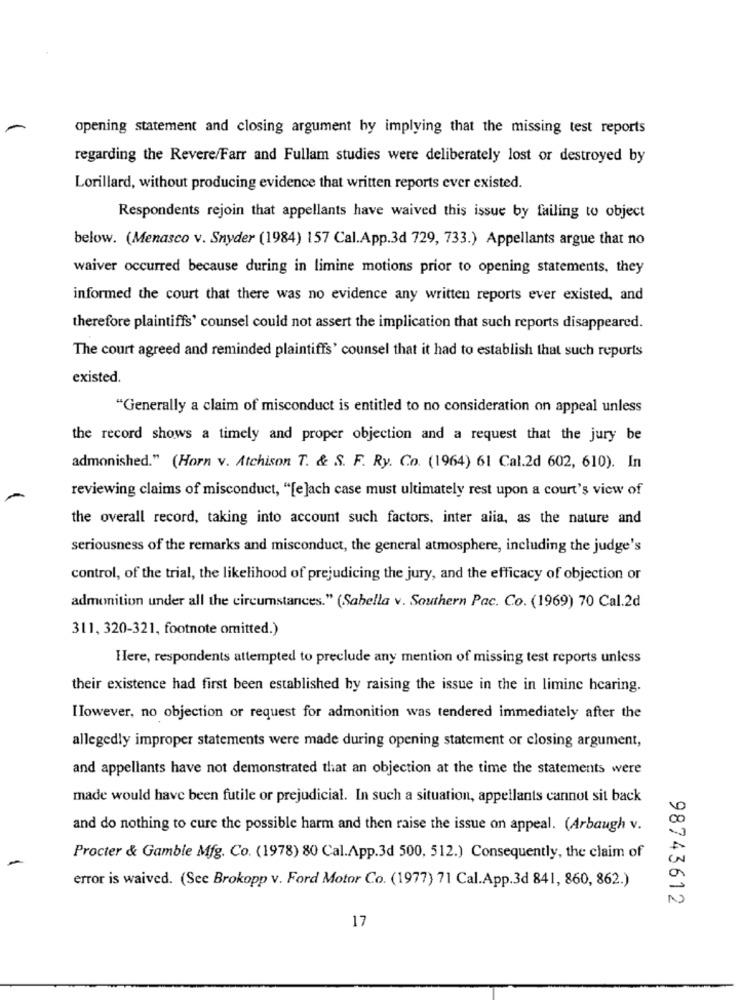
opening statement and closing argument by implying that the missing test reports
regarding the Revere/Farr and Fullam studies were deliberately lost or destroyed by
Lorillard, without producing evidence that written reports ever existed.
Respondents rejoin that appellants have waived this issue by failing to object
below. (Menasco v. Snyder (1984) 157 Cal.App.3d 729, 733.) Appellants argue that no
waiver occurred because during in limine motions prior to opening statements, they
informed the court that there was no evidence any written reports ever existed, and
therefore plaintiffs' counsel could not assert the implication that such reports disappeared.
The court agreed and reminded plaintiffs' counsel that it had to establish that such reports
existed.
"Generally a claim of misconduct is entitled to no consideration on appeal unless
the record shows a timely and proper objection and a request that the jury be
admonished." (Horn v. Atchison T. & S. F. Ry. Co. (1964) 61 Cal.2d 602, 610). In
reviewing claims of misconduct, "[e]ach case must ultimately rest upon a court's view of
the overall record, taking into account such factors, inter alia, as the nature and
seriousness of the remarks and misconduct, the general atmosphere, including the judge's
control, of the trial, the likelihood of prejudicing the jury, and the efficacy of objection or
admonition under all the circumstances." (Sabella v. Southern Pac. Co. (1969) 70 Cal.2d
311, 320-321, footnote omitted.)
Here, respondents attempted to preclude any mention of missing test reports unless
their existence had first been established by raising the issue in the in limine hearing.
IIowever, no objection or request for admonition was tendered immediately after the
allegedly improper statements were made during opening statement or closing argument,
and appellants have not demonstrated that an objection at the time the statements were
made would have been futile or prejudicial. In such a situation, appellants cannot sit back
and do nothing to cure the possible harm and then raise the issue on appeal. (Arbaugh v.
Procter & Gamble Mfg. Co. (1978) 80 Cal.App.3d 500, 512.) Consequently, the claim of
error is waived. (See Brokopp v. Ford Motor Co. (1977) 71 Cal.App.3d 841, 860, 862.)
98743612
17